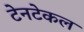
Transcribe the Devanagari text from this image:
टेनटेकल